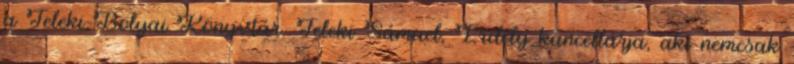
a Teleki–Bolyai Könyvtár. Teleki Sámuel, Erdély kancellárja, aki nemcsak